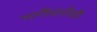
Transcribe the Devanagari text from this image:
भागीदारीही